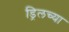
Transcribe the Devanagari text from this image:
ड्रिलच्या